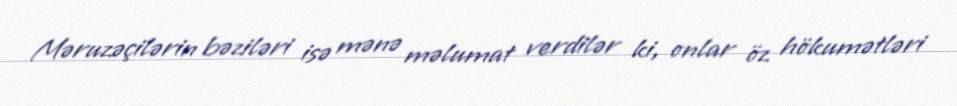
Məruzəçilərin bəziləri isə mənə məlumat verdilər ki, onlar öz hökumətləri